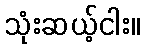
သုံးဆယ့်ငါး။